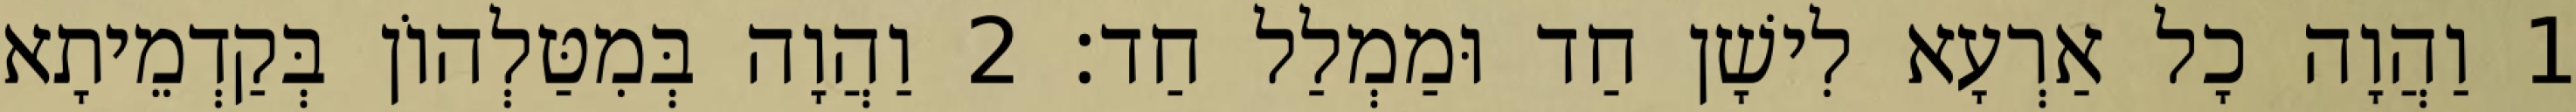
1 וַהֲוָה כָל אַרְעָא לִישָׁן חַד וּמַמְלַל חַד׃ 2 וַהֲוָה בְּמִטַּלְהוֹן בְּקַדְמֵיתָא